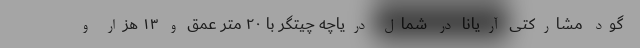
گود مشارکتی آریانا در شمال دریاچه چیتگر با ۲۰ متر عمق و ۱۳ هزار و